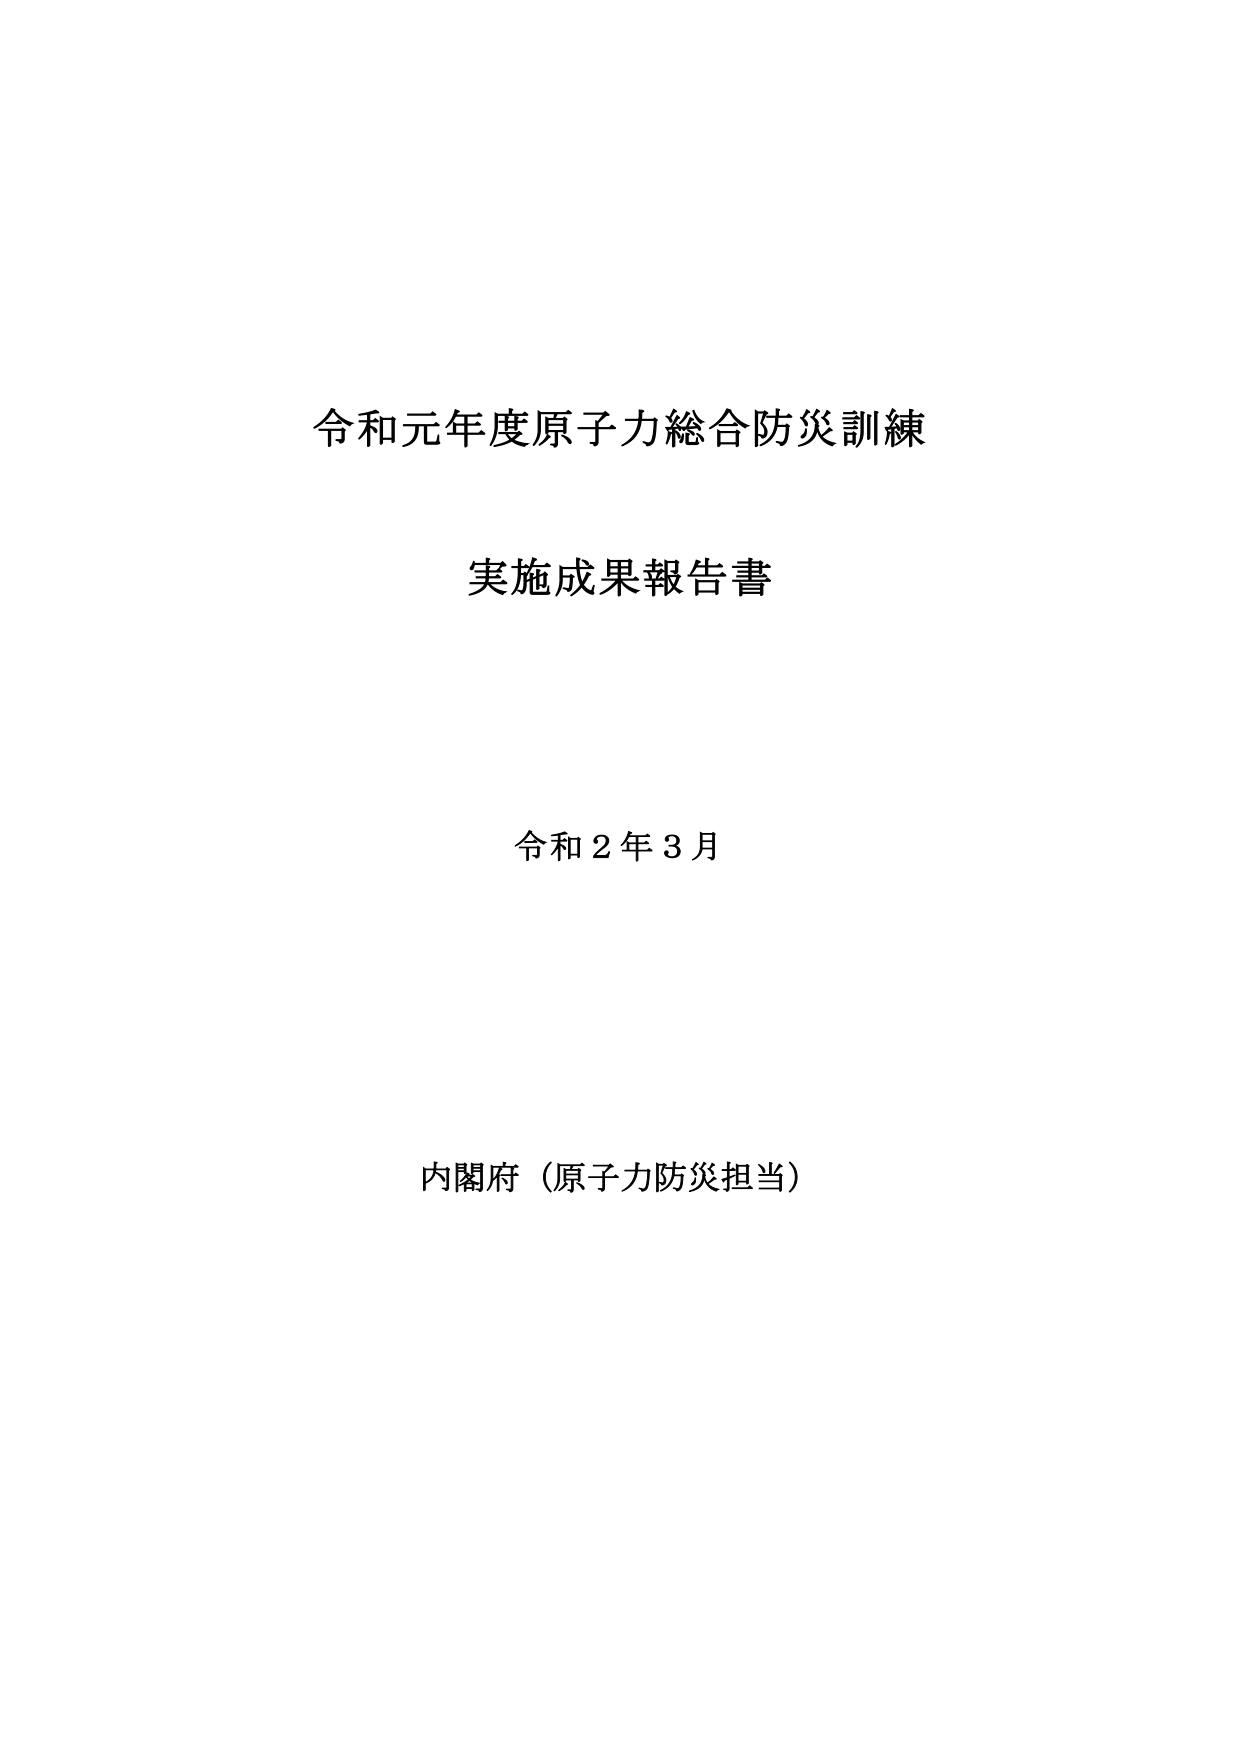
令和元年度原子力総合防災訓練
実施成果報告書
令和２年３月
内閣府（原子力防災担当）